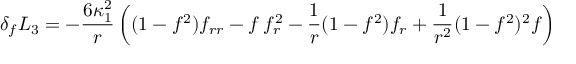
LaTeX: \delta _ { f } L _ { 3 } = - \frac { 6 \kappa _ { 1 } ^ { 2 } } { r } \left( ( 1 - f ^ { 2 } ) f _ { r r } - f \: f _ { r } ^ { 2 } - \frac { 1 } { r } ( 1 - f ^ { 2 } ) f _ { r } + \frac { 1 } { r ^ { 2 } } ( 1 - f ^ { 2 } ) ^ { 2 } f \right)